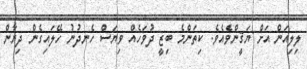
ލިލިއަން އަށް ޔަޤީންވެއެވެ. ކިތަންމެ ބިޒީ ދުވަހެއް ވިޔަސް ހެނދުނު ހޭލައިގެން ދިޔާން